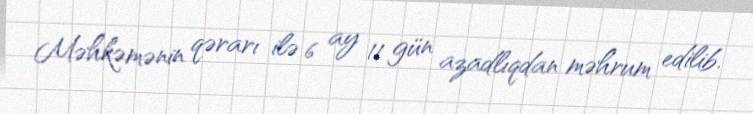
Məhkəmənin qərarı ilə 6 ay 11 gün azadlıqdan məhrum edilib.